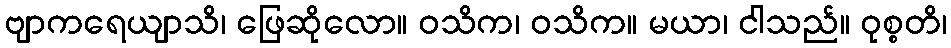
ဗျာကရေယျာသိ၊ ဖြေဆိုလော။ ဝသိက၊ ဝသိက။ မယာ၊ ငါသည်။ ဝုစ္စတိ၊